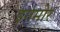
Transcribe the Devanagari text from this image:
इगमोर